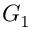
G _ { 1 }